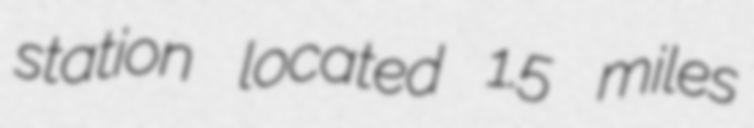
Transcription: station located 1.5 miles